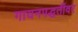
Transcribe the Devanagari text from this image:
गायनपद्धतींवर